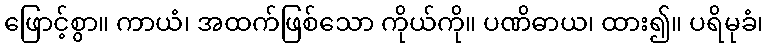
ဖြောင့်စွာ။ ကာယံ၊ အထက်ဖြစ်သော ကိုယ်ကို။ ပဏိဓာယ၊ ထား၍။ ပရိမုခံ၊